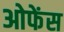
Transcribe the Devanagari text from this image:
ओफेंस